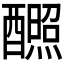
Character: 𬪸